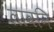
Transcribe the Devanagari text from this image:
लावनि